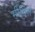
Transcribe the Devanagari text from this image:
मीथिल